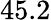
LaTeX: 45.2